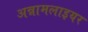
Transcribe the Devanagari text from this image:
अन्नामलाइयर